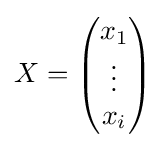
X={\begin{pmatrix}x_{1}\\\vdots \\x_{i}\end{pmatrix}}